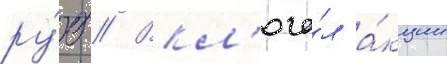
ру́б // Вкл'юча́л а́кции